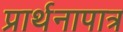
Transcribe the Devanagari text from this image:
प्रार्थनापात्र